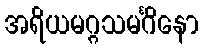
အရိယမဂ္ဂသမင်္ဂိနော